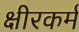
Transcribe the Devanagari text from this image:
क्षीरकर्म